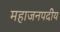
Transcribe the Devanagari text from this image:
महाजनपदीय